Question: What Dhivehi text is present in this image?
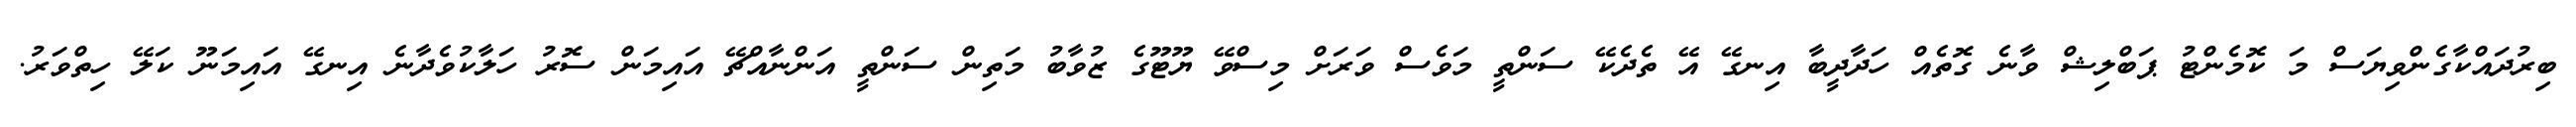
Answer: ބިރުދައްކާގެންވިޔަސް މަ ކޮމެންޓު ޕަބްލިޝް ވާނެ ގޮތެއް ހަދާދީބާ އިނގޭ އޭ ތެދެކޭ ސަންތީ މަވެސް ވަރަށް މިސްވޭ ޔޫޓޫގެ ޒުވާބު މަތިން ސަންތީ އަންނާއްޗޭ އައިމަން ސޮރު ހަލާކުވެދާނެ އިނގޭ އައިމަނޫ ކަލޭ ހިތްވަރު.